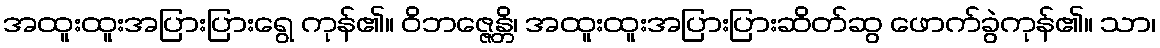
အထူးထူးအပြားပြားရွေ ကုန်၏။ ဝိဘဇ္ဇေန္တိ၊ အထူးထူးအပြားပြားဆိတ်ဆွ ဖောက်ခွဲကုန်၏။ သာ၊